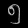
Digit: ၅